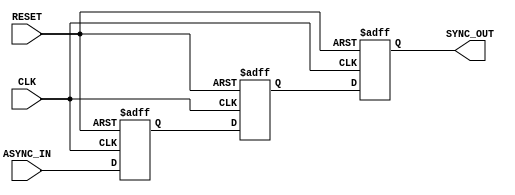
module async_to_sync_converter (
    input wire ASYNC_IN,   // Asynchronous input signal
    input wire CLK,        // Clock signal for synchronization
    input wire RESET,      // Asynchronous reset signal
    output reg SYNC_OUT    // Synchronized output signal
);

// Internal signals for the two-stage synchronization
reg ASYNC_STAGE1;
reg ASYNC_STAGE2;

// Asynchronous reset and synchronization logic
always @(posedge CLK or posedge RESET) begin
    if (RESET) begin
        ASYNC_STAGE1 <= 1'b0;  // Reset the first stage
        ASYNC_STAGE2 <= 1'b0;  // Reset the second stage
        SYNC_OUT <= 1'b0;       // Reset the output
    end else begin
        ASYNC_STAGE1 <= ASYNC_IN; // Sample ASYNC_IN on rising edge of CLK
        ASYNC_STAGE2 <= ASYNC_STAGE1; // Pass through first stage
        SYNC_OUT <= ASYNC_STAGE2; // Output the second stage
    end
end

endmodule